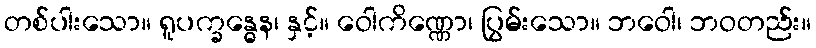
တစ်ပါးသော။ ရူပက္ခန္ဓေန၊ နှင့်။ ဝေါကိဏ္ဏော၊ ပြွမ်းသော။ ဘဝေါ၊ ဘဝတည်း။